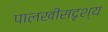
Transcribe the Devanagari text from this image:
पालखीसदृश्य